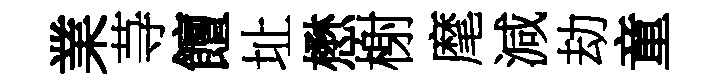
業䒭饘址懋榭麾減劫童